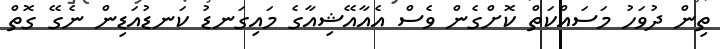
ތިން ދުވަހު މަސައްކަތް ކޮށްގެން ވެސް އެއާއޭޝިއާގެ މައިގަނޑު ކަނޑުއަޑިން ނެގޭ ގޮތް